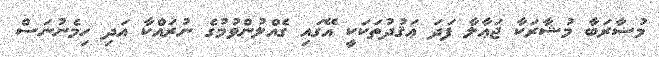
މުޟާރަބާ މުޝާރަކާ ޖަޢާލާ ފަދަ ޢަޤުދުތަކަކީ އޭގައި ގެއްލުންވުމުގެ ނުރައްކާ އަދި ހިމެނުނަސް